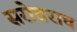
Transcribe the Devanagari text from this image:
सरोवराच